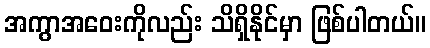
အကွာအဝေးကိုလည်း သိရှိနိုင်မှာ ဖြစ်ပါတယ်။